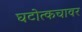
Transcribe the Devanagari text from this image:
घटोत्कचावर